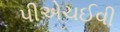
પીએચઈવી